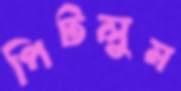
পিটলুম